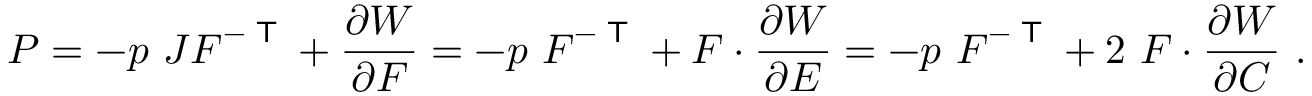
{ \boldsymbol { P } } = - p ~ J { \boldsymbol { F } } ^ { - { \textsf { T } } } + { \frac { \partial W } { \partial { \boldsymbol { F } } } } = - p ~ { \boldsymbol { F } } ^ { - { \textsf { T } } } + { \boldsymbol { F } } \cdot { \frac { \partial W } { \partial { \boldsymbol { E } } } } = - p ~ { \boldsymbol { F } } ^ { - { \textsf { T } } } + 2 ~ { \boldsymbol { F } } \cdot { \frac { \partial W } { \partial { \boldsymbol { C } } } } ~ .